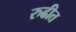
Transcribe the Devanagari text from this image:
रुढीत